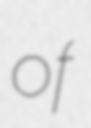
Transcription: of